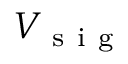
V _ { \mathrm { ~ s ~ i ~ g ~ } }